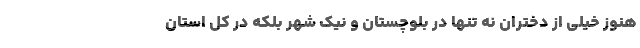
هنوز خیلی از دختران نه تنها در بلوچستان و نیک شهر بلکه در کل استان